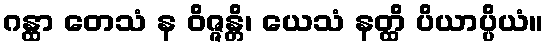
ဂန္ထာ တေသံ န ဝိဇ္ဇန္တိ၊ ယေသံ နတ္ထိ ပိယာပ္ပိယံ။